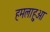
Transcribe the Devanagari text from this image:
हमलाहुआ